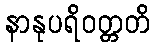
နာနုပရိဝတ္တတိ